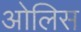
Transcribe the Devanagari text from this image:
ओलिस